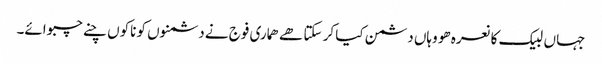
جہاں لبیک کا نعرہ ھو وہاں دشمن کیا کر سکتا ھے ھماری فوج نے دشمنوں کو ناکوں چنے چبوائے۔